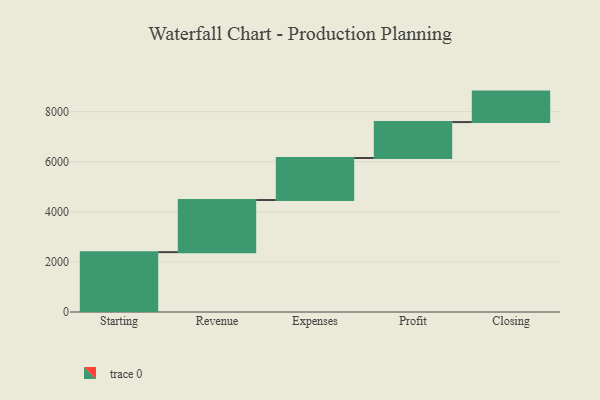
{"axis": {"x": "Step", "y": "Value"}, "legend": [""], "data": [{"x": "Starting", "y": 2389.0, "type": ""}, {"x": "Revenue", "y": 2080.0, "type": ""}, {"x": "Expenses", "y": 1678.0, "type": ""}, {"x": "Profit", "y": 1434.0, "type": ""}, {"x": "Closing", "y": 1216.0, "type": ""}]}